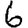
Digit: 6